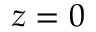
z = 0